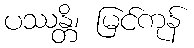
ပဿန္တိ၊ မြင်ကုန်